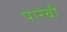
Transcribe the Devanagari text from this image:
पारंबी